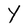
Character: Y